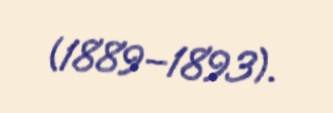
(1889–1893).